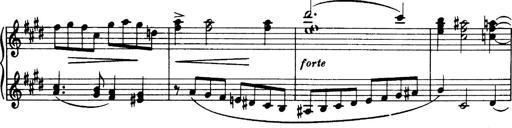
Title: 3 Sonatinas, Op.67
Composer: Jean Sibelius